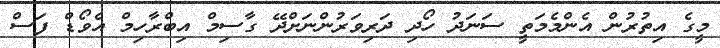
މީގެ އިތުރުން އެންމެމަތީ ސަނަދު ހޯދި ދަރިވަރުންނަށްދޭ ގާސިމް އިބްރާހިމް އެވޯޑް ފަސް